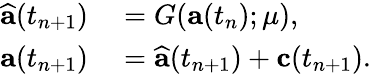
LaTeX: \begin{array}{rl}{\widehat{\mathbf{a}}(t_{n+1})}&{{}=G(\mathbf{a}(t_{n});\mu),}\\ {\mathbf{a}(t_{n+1})}&{{}=\widehat{\mathbf{a}}(t_{n+1})+\mathbf{c}(t_{n+1}).}\end{array}